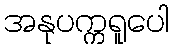
အနုပက္ကရူပေါ